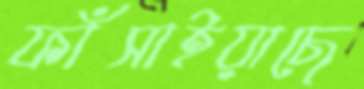
ফাঁসাইয়াছে